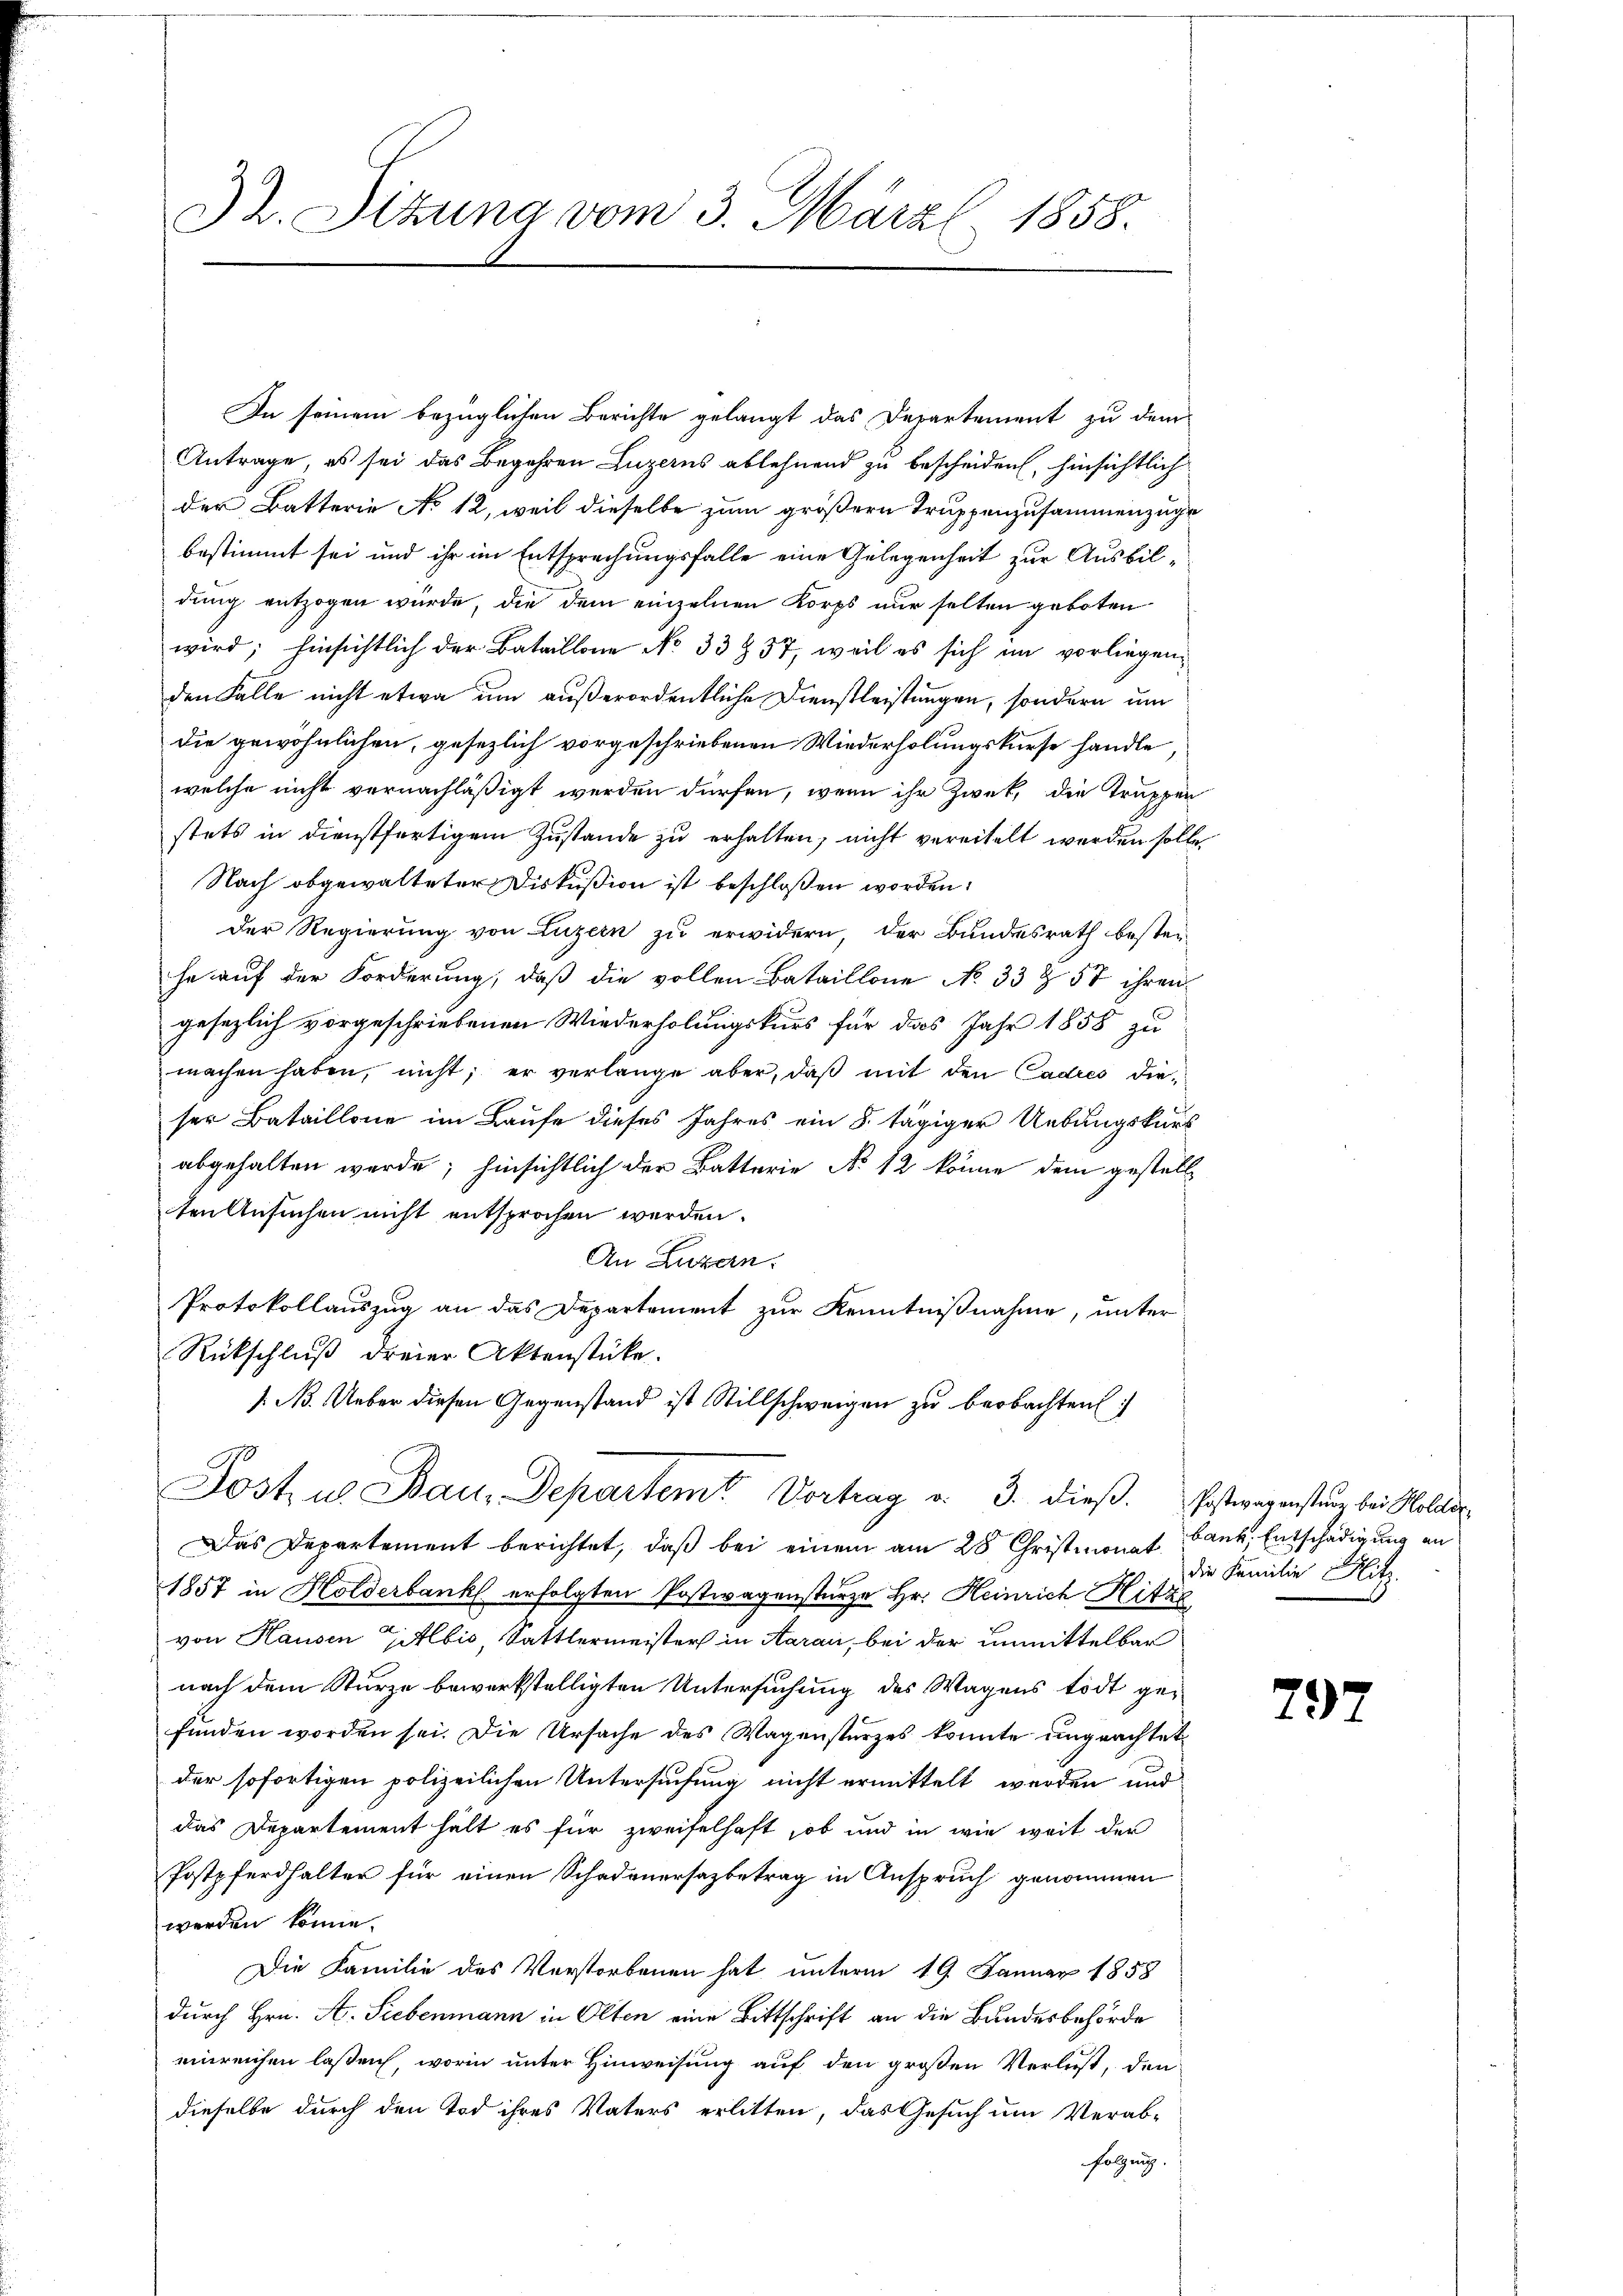
32. Sitzung vom 3. März l. 1858.

In seinem bezüglichen Berichte gelangt das Departement zu dem
Antrage, es sei das Begehren Luzerns ablehnend zu bescheiden, hinsichtlich
der Batterie No 12, weil dieselbe zum größern Truppenzusammenzuge
bestimmt sei und ihr im Entsprechungsfalle eine Gelegenheit zur Ausbildung entzogen würde, die dem einzelnen Korps nur selten geboten
wird; hinsichtlich der Bataillone No 33857, weil es sich im vorliegenden Falle nicht etwa um außerordentliche Dienstleistungen, sondern um
die gewöhnlichen, gesezlich vorgeschriebenen Wiederholungskurse handle,
welche nicht vernachläßigt werden dürfen, wenn ihr Zweck, die Truppen
stets in dienstfertigem Zustande zu erhalten, nicht vereitelt werden solle.
Nach obgewalteter Diskußion ist beschloßen worden:
Der Regierung von Luzern zu erwidern, der Bundesrath besteihe auf der Forderung, daß die vollen Bataillone No 33 & 57 ihren
gesezlich vorgeschriebenen Wiederholungskurs für das Jahr 1858 zu
machen haben, nicht; er verlange aber, daß mit den Cadres dieser Bataillone im Laufe dieses Jahres ein 8 tägiger Uebungskurs
abgehalten werde; hinsichtlich der Batterie No 12 könne dem gestell
ten Ansuchen nicht entsprochen werden.
An Luzern.
Protokollauszug an das Departement zur Kenntnißnahme, unter
Rückschluß dreier Aktenstücke.
/. N. Ueber diesen Gegenstand ist Stillschweigen zu beobachten:
770
Jost u Bau-Departemt Vortrag v. 3. dieß. Postwarenstung bei Malter
Das Departement berichtet, daß bei einem am 28. Christmonat Bank, Entschädigung an
1857 in Holderbank erfolgten Postwagenstürze Hr. Heinrich Hitze
von Hausen Albis, Sattlermeister in Aarau, bei der unmittelbar
nach dem Sturze bewerkstelligten Untersuchung des Wagens todt gefunden worden sei. Die Ursache des Wagenstürzes konnte ungeachtet
der sofortigen polizeilichen Untersuchung nicht ermittelt werden und
das Departement hält es für zweifelhaft, ob und in wie weit der
Postpferdhalter für einen Schadenersazbetrag in Anspruch genommen
werden könne.
Die Familie des Verstorbenen hat unterm 19. Januar 1858
durch Hrn. A. Siebenmann in Olten eine Bittschrift an die Bundesbehörde
einreichen lassen, worin unter Hinweisung auf den großen Verlust, den
dieselbe durch den Tod ihres Vaters erlitten, das Gesuch um Verab-
folgung.

die Familie Sitz

79